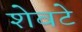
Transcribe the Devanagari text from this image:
शेवटे